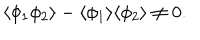
\langle \phi _ { 1 } \phi _ { 2 } \rangle - \langle \phi _ { 1 } \rangle \langle \phi _ { 2 } \rangle \neq 0 .